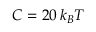
C = 2 0 \, k _ { B } T